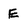
Character: E